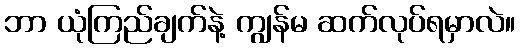
ဘာ ယုံကြည်ချက်နဲ့ ကျွန်မ ဆက်လုပ်ရမှာလဲ။